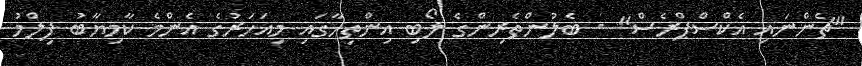
"ޗެންނައި އެކްސްޕްރެސް" - ބެލުންތެރިންގެ ލޯބި އިންތިހާގައި މިއަހަރުގެ އެންމެ ކާމިޔާބު ފިލްމު